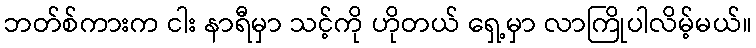
ဘတ်စ်ကားက ငါး နာရီမှာ သင့်ကို ဟိုတယ် ရှေ့မှာ လာကြိုပါလိမ့်မယ်။